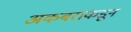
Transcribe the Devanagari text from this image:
अकबराकडून